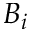
B _ { i }